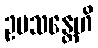
ဥပသန္တေဟိ